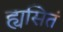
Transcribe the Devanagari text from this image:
ह्यसितं